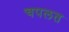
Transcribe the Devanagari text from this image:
चपलत